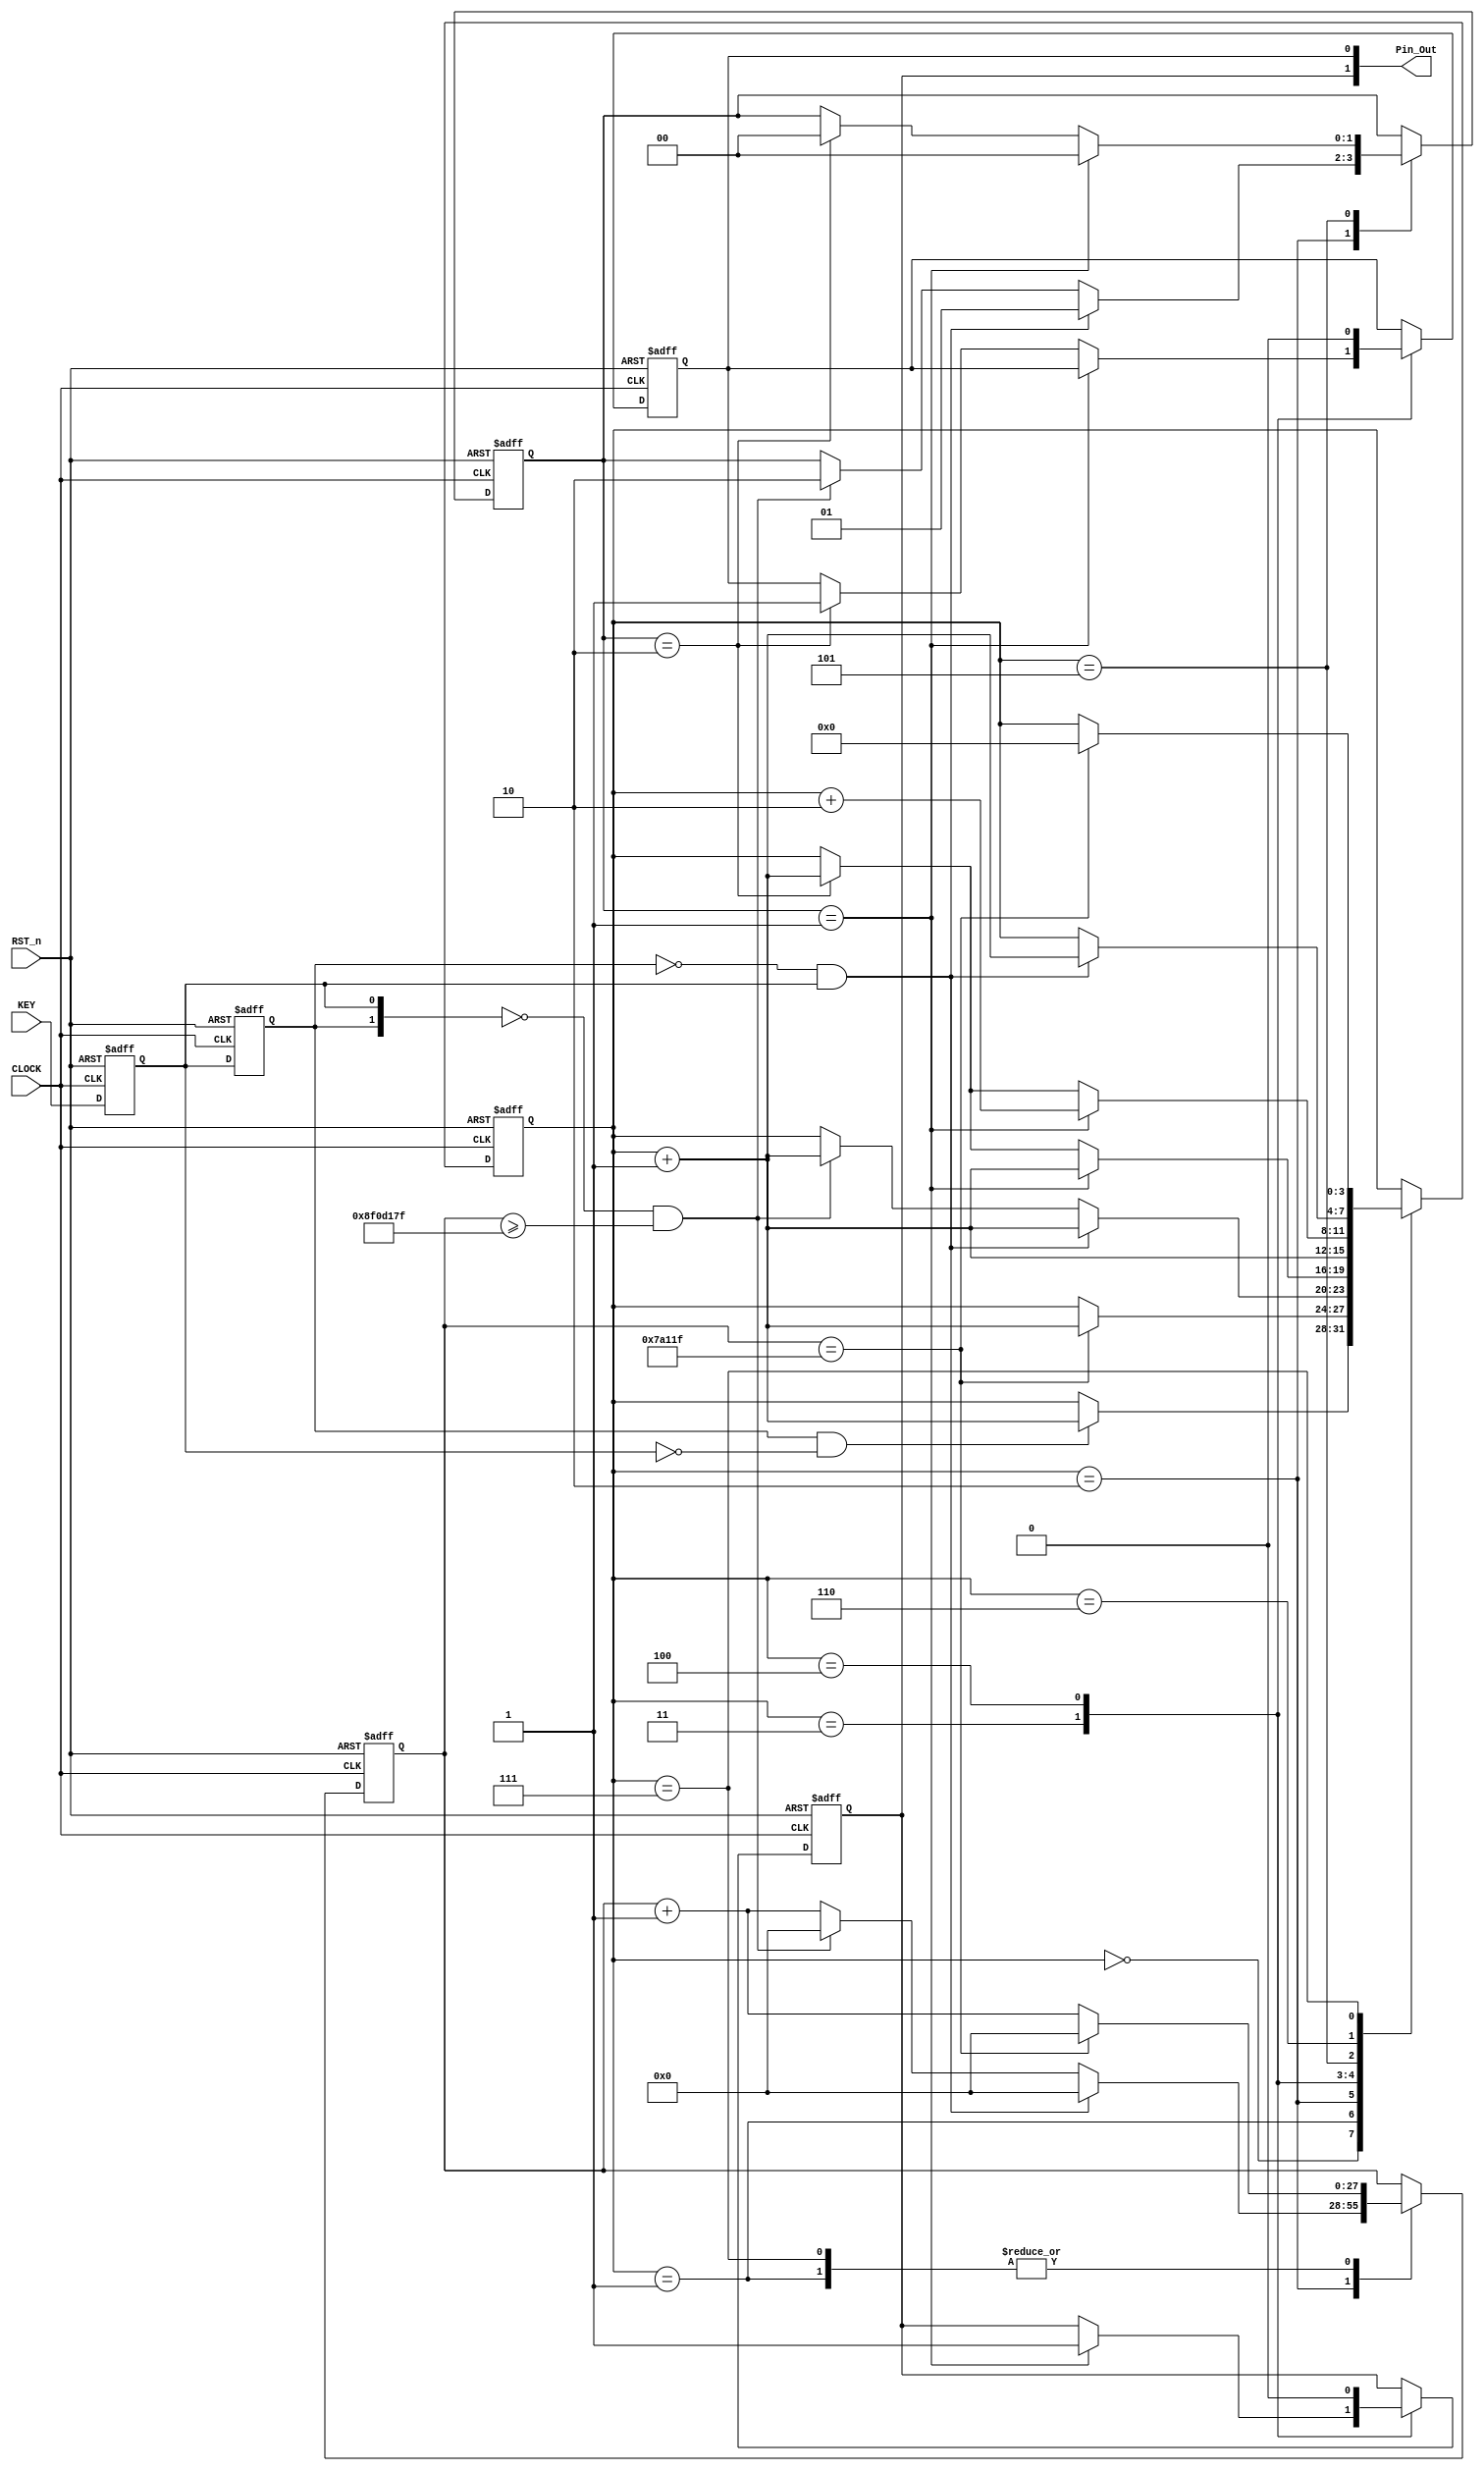
//****************************************************************************//
//# @Author: 
//# @Date:   2019-06-09 00:13:23
//# @Last Modified by:   zlk
//# @WeChat Official Account: OpenFPGA
//# @Last Modified time: 2019-08-26 22:06:49
//# Description: 
//# @Modification History: 2019-06-09 01:29:16
//# Date			    By			   Version			   Change Description: 
//# ========================================================================= #
//# 2019-06-09 01:29:16
//# ========================================================================= #
//# |                                          								| #
//# |                                OpenFPGA     							| #
//****************************************************************************//
module keyfuncmod_module 
(
    CLOCK, RST_n,
	KEY,
	Pin_Out
);

   input CLOCK, RST_n;
	input KEY;
	output [1:0]Pin_Out;

	/*****************************************/ //sub
     parameter T10MS = 26'd500_000;   // Deboucing time
	 parameter T3S = 28'd150_000_000; // Long press time
	 
	 /*****************************************/ //sub
	 
	 reg F2,F1; 
		 
	 always @ ( posedge CLOCK or negedge RST_n ) 
	     if( !RST_n ) 
		      { F2, F1 } <= 2'b11;
		  else 
		      { F2, F1 } <= { F1, KEY };
				
	 /*****************************************/ //core
	
	 wire isH2L = ( F2 == 1 && F1 == 0 ); 
	 wire isL2H = ( F2 == 0 && F1 == 1 );
	 reg [3:0]i;
	 reg isLClick,isSClick;
	 reg [1:0]isTag;
	 reg [27:0]C1;
	 
	 always @ ( posedge CLOCK or negedge RST_n )
	     if( !RST_n )
		       begin
				    i <= 4'd0;
					 isLClick <= 1'd0;
					 isSClick <= 1'b0;
					 isTag <= 2'd0;
					 C1 <= 28'd0;
				 end
		  else
		      case(i)
					 
					 0: // Wait H2L
					 if( isH2L ) i <= i + 1'b1; 
					 
					 1: // H2L debouce
					 if( C1 == T10MS -1 ) begin C1 <= 28'd0; i <= i + 1'b1; end
					 else C1 <= C1 + 1'b1;
					 
					 2: // Key Tag Check 	 
					 if( isL2H ) begin isTag <= 2'd1; C1 <= 28'd0; i <= i + 1'b1; end
					 else if( {F2,F1} == 2'b00 && C1 >= T3S -1 ) begin isTag <= 2'd2; C1 <= 28'd0; i <= i + 1'd1; end
					 else C1 <= C1 + 1'b1;	
					 
					 3: // Tag Trigger (pree up)
					 if( isTag == 2'd1 ) begin isSClick <= 1'b1; i <= i + 1'b1; end
					 else if( isTag == 2'd2 ) begin isLClick <= 1'b1; i <= i + 1'b1; end
					 
					 4: // Tag Trigger (pree down)
					 begin { isLClick,isSClick } <= 2'b00; i <= i + 1'b1; end
					 
					 5: // L2H deboce check
					 if( isTag == 2'd1 ) begin isTag <= 2'd0; i <= i + 2'd2; end
					 else if( isTag == 2'd2 ) begin isTag <= 2'd0; i <= i + 1'b1; end
					 
					 6: // Wait L2H
					 if( isL2H )i <= i + 1'b1; 
					 
					 7: // L2H debonce
					 if( C1 == T10MS -1 ) begin C1 <= 28'd0; i <= 4'd0; end
					 else C1 <= C1 + 1'b1;
					 
				endcase
				
	/*************************/ 
		 
	assign Pin_Out = { isSClick,isLClick };  	 
	
endmodule